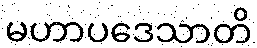
မဟာပဒေသာတိ